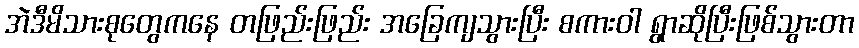
အဲဒီမိသားစုတွေကနေ တဖြည်းဖြည်း အခြေကျသွားပြီး စကားဝါ ရွာဆိုပြီးဖြစ်သွားတာ